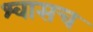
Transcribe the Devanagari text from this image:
श्वासच